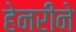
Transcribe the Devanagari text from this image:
हेनरीने